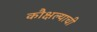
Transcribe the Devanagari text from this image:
कौक्षल्याची